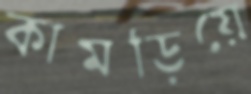
কামড়িয়ে